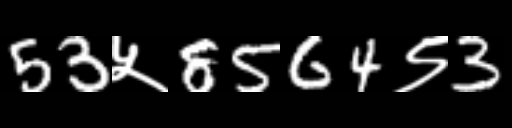
Text: 53५8564९3